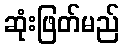
ဆုံးဖြတ်မည်